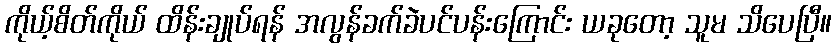
ကိုယ့်စိတ်ကိုယ် ထိန်းချုပ်ရန် အလွန်ခက်ခဲပင်ပန်းကြောင်း ယခုတော့ သူမ သိပေပြီ။